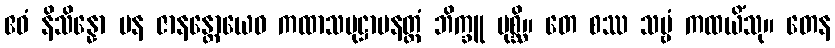
ဧဝံ နိသိန္နော ပန ဇာနန္တောယေဝ ကထာသမုဋ္ဌာပနတ္ထံ ဘိက္ခူ ပုစ္ဆိ။ တေ စဿ သဗ္ဗံ ကထယိံသု။ တေန